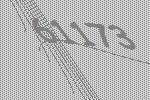
61173